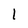
Character: 1